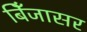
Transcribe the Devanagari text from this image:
बिँजासर